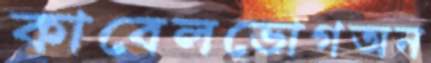
কাবেলভোগঅন